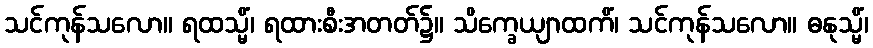
သင်ကုန်သလော။ ရထသ္မိံ၊ ရထားစီးအတတ်၌။ သိက္ခေယျာထကိံ၊ သင်ကုန်သလော။ ဓနုသ္မိံ၊